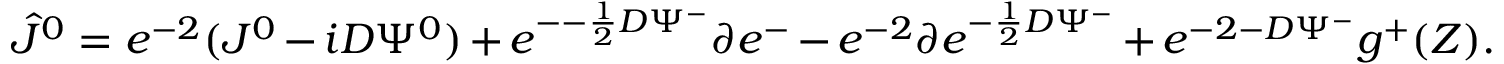
{ \hat { J } } ^ { 0 } = e ^ { - 2 \L } ( J ^ { 0 } - i D \L \Psi ^ { 0 } ) + e ^ { - \L - { \frac { 1 } { 2 } } D \L \Psi ^ { - } } \partial e ^ { - \L } - e ^ { - 2 \L } \partial e ^ { - { \frac { 1 } { 2 } } D \L \Psi ^ { - } } + e ^ { - 2 \L - D \L \Psi ^ { - } } g ^ { + } ( Z ) .